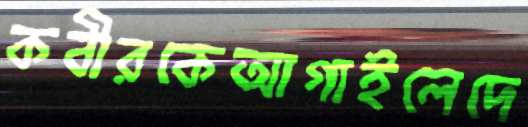
কবীরকেআগাইলেদে